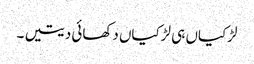
لڑکیاں ہی لڑکیاں دکھائی دیتیں ۔